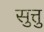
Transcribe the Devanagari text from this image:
सुत्तु